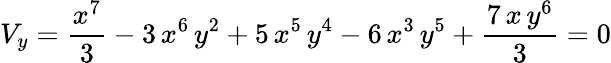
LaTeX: V_{y}={\frac{{x^{7}}}{3}}-3\, {x^{6}}\, {y^{2}}+5\, {x^{5}}\, {y^{4}}-6\, {x^{3}}\, {y^{5}}+{\frac{7\, x\, {y^{6}}}{3}}=0